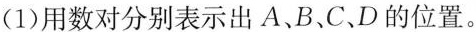
(1)用数对分别表示出A、B、C、D的位置。